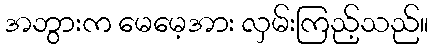
အဘွားက မေမေ့အား လှမ်းကြည့်သည်။